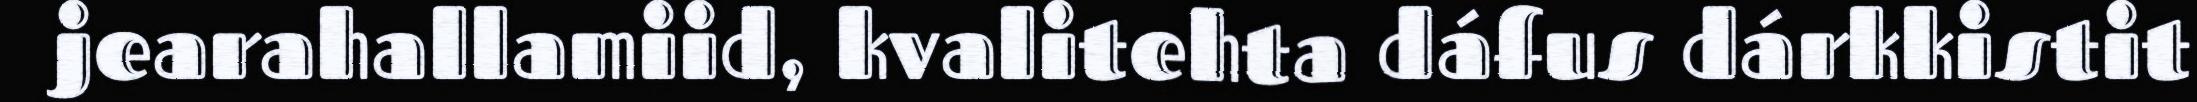
jearahallamiid, kvalitehta dáfus dárkkistit